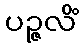
ပဉ္ဇလိံ